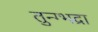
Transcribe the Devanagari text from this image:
तुन्ग्भद्रा